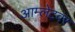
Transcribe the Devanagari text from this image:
आम्लेटवर